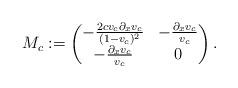
LaTeX: \begin{align*}M_c := \begin{pmatrix} - \frac{2c v_c \partial_x v_c}{ (1 - v_c)^2} & - \frac{\partial_x v_c}{v_c} \\ - \frac{\partial_x v_c}{v_c} & 0 \end{pmatrix}.\end{align*}